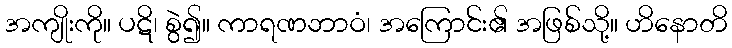
အကျိုးကို။ ပဋိ၊ စွဲ၍။ ကာရဏဘာဝံ၊ အကြောင်း၏ အဖြစ်သို့။ ဟိနောတိ